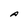
Character: A